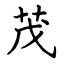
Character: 茂